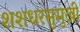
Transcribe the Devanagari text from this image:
शशधरसुमुखी